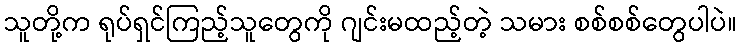
သူတို့က ရုပ်ရှင်ကြည့်သူတွေကို ဂျင်းမထည့်တဲ့ သမား စစ်စစ်တွေပါပဲ။